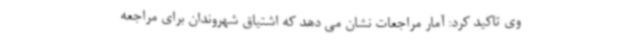
وی تاکید کرد: آمار مراجعات نشان می دهد که اشتیاق شهروندان برای مراجعه